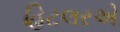
હિટલરએ